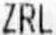
ZRL